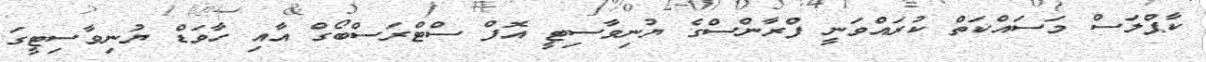
ކާޕްލަސް މަސައްކަތް ކުރައްވަނީ ފްރާންސްގެ ޔުނިވާސިޓީ އޮފް ސްޓްރަސްބޯގް އާއި ހާވަޑް ޔުނިވާސިޓީގަ